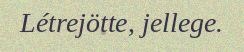
Létrejötte, jellege.